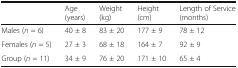
<table><thead><tr><td></td><td><b>Age (years)</b></td><td><b>Weight (kg)</b></td><td><b>Height (cm)</b></td><td><b>Length of Service (months)</b></td></tr></thead><tbody><tr><td>Males (<i>n</i> = 6)</td><td>40 ± 8</td><td>83 ± 20</td><td>177 ± 9</td><td>78 ± 12</td></tr><tr><td>Females (<i>n</i> = 5)</td><td>27 ± 3</td><td>68 ± 18</td><td>164 ± 7</td><td>92 ± 9</td></tr><tr><td>Group (<i>n</i> = 11)</td><td>34 ± 9</td><td>76 ± 20</td><td>171 ± 10</td><td>65 ± 4</td></tr></tbody></table>